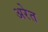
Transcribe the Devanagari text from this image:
अरेत